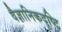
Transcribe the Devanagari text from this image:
वैज्ञानिकदृष्टि